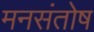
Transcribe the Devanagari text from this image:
मनसंतोष